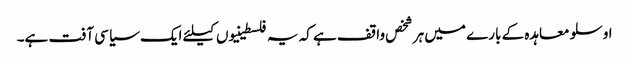
اوسلو معاہدہ کے بارے میں ہر شخص واقف ہے کہ یہ فلسطینیوں کیلئے ایک سیاسی آفت ہے۔